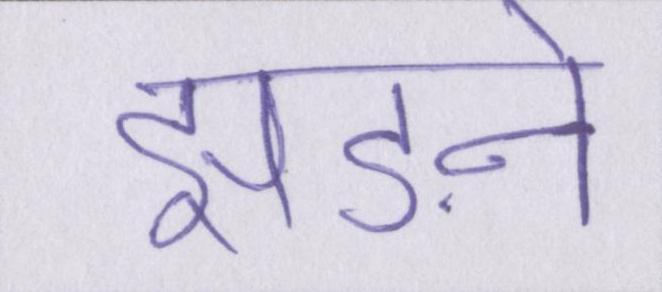
झड़ने